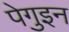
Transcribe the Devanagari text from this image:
पेगुइन